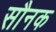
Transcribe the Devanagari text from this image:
सौनक